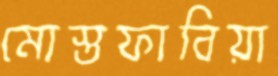
মোস্তফাবিয়া